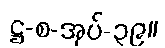
ဋ္ဌ-စ-အုပ်-၃၉။